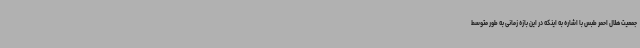
جمعیت هلال احمر طبس با اشاره به اینکه در این‌ بازه زمانی به طور متوسط